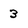
Character: 3